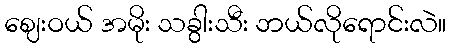
ဈေးဝယ် အမိုး သခွါးသီး ဘယ်လိုရောင်းလဲ။